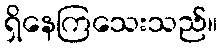
ရှိနေကြသေးသည်။